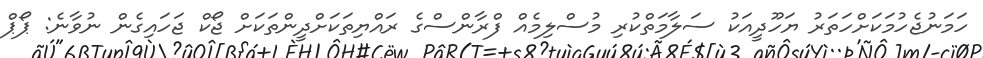
ހަމަނުޖެހުމަކަށްހަތަރު ޔަހޫދީއަކު ސަލާމަތްކުރި މުސްލިމެއް ފްރާންސްގެ ރައްޔިތަކަށްދީންތަކަށް ޖޯކް ޖަހައިގެން ނުވާނެ: ޕޯޕް